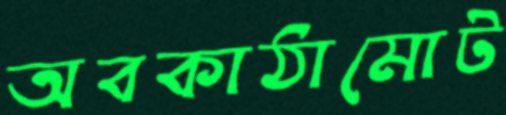
অবকাঠামোট